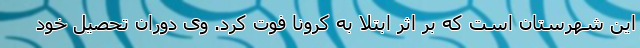
این شهرستان است که بر اثر ابتلا به کرونا فوت کرد. وی دوران تحصیل خود